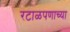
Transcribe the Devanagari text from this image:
रटाळपणाच्या